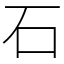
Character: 石